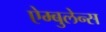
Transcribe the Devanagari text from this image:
ऐम्बुलेन्स